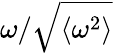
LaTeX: \omega/\sqrt{\left\langle\omega^{2}\right\rangle}